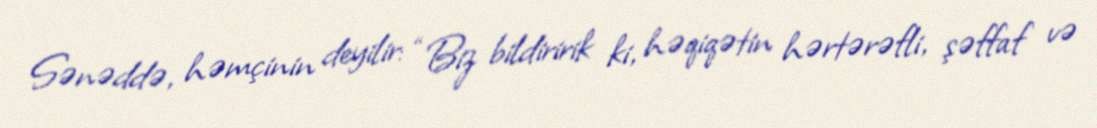
Sənəddə, həmçinin deyilir: “Biz bildiririk ki, həqiqətin hərtərəfli, şəffaf və